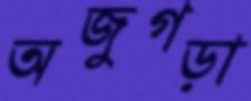
অজুগড়া